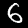
Label: 6